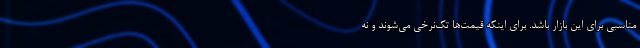
مناسبی برای این بازار باشد. برای اینکه قیمت‌ها تک‌نرخی می‌شوند و نه